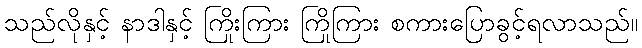
သည်လိုနှင့် နာဒါနှင့် ကြိုးကြား ကြိုကြား စကားပြောခွင့်ရလာသည်။